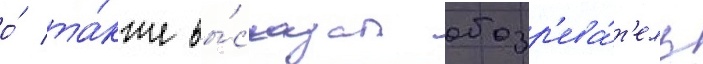
о́ та́кже вы́сказал обозр'ева́т'ель